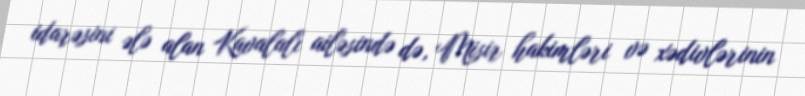
idarəsini ələ alan Kavalalı ailəsində də, Misir hakimləri və xədivlərinin